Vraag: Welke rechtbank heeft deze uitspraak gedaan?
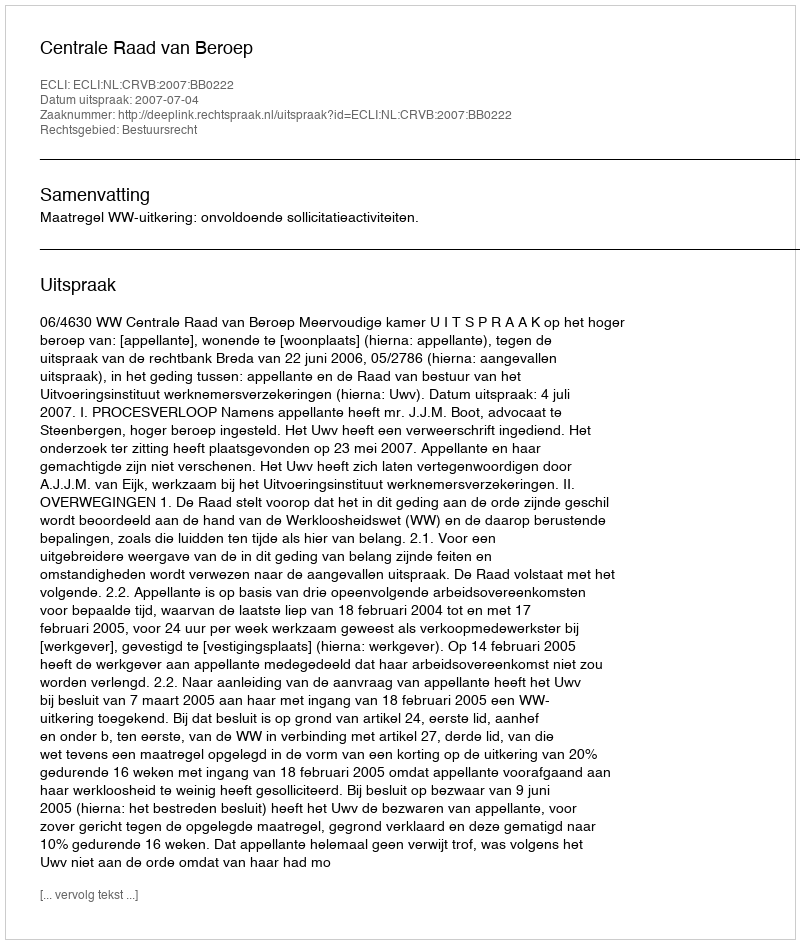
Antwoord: Centrale Raad van Beroep